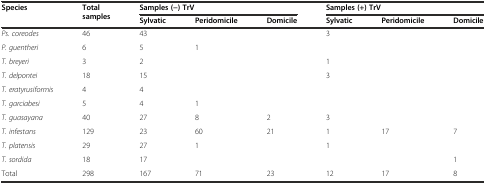
<table><thead><tr><td rowspan="2"><b>Species</b></td><td rowspan="2"><b>Total samples</b></td><td colspan="3"><b>Samples (−) TrV</b></td><td colspan="3"><b>Samples (+) TrV</b></td></tr><tr><td><b>Sylvatic</b></td><td><b>Peridomicile</b></td><td><b>Domicile</b></td><td><b>Sylvatic</b></td><td><b>Peridomicile</b></td><td><b>Domicile</b></td></tr></thead><tbody><tr><td><i>Ps. coreodes</i></td><td>46</td><td>43</td><td></td><td></td><td>3</td><td></td><td></td></tr><tr><td><i>P. guentheri</i></td><td>6</td><td>5</td><td>1</td><td></td><td></td><td></td><td></td></tr><tr><td><i>T. breyeri</i></td><td>3</td><td>2</td><td></td><td></td><td>1</td><td></td><td></td></tr><tr><td><i>T. delpontei</i></td><td>18</td><td>15</td><td></td><td></td><td>3</td><td></td><td></td></tr><tr><td><i>T. eratyrusiformis</i></td><td>4</td><td>4</td><td></td><td></td><td></td><td></td><td></td></tr><tr><td><i>T. garciabesi</i></td><td>5</td><td>4</td><td>1</td><td></td><td></td><td></td><td></td></tr><tr><td><i>T. guasayana</i></td><td>40</td><td>27</td><td>8</td><td>2</td><td>3</td><td></td><td></td></tr><tr><td><i>T. infestans</i></td><td>129</td><td>23</td><td>60</td><td>21</td><td>1</td><td>17</td><td>7</td></tr><tr><td><i>T. platensis</i></td><td>29</td><td>27</td><td>1</td><td></td><td>1</td><td></td><td></td></tr><tr><td><i>T. sordida</i></td><td>18</td><td>17</td><td></td><td></td><td></td><td></td><td>1</td></tr><tr><td>Total</td><td>298</td><td>167</td><td>71</td><td>23</td><td>12</td><td>17</td><td>8</td></tr></tbody></table>